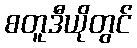
စတူဒီယိုတွင်